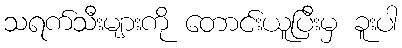
သရက်သီးများကို တောင်းယူပြီးမှ ခူးပါ